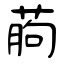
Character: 葋